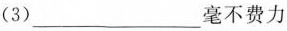
(3)___毫不费力